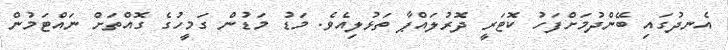
އެނދުގައި ބޭންދުމަށްފަހު ކޮޓަރީ ދޮރުލައްޕާ ތަޅުލިއެވެ. މަޑު މަޑުން ގަމީހުގެ ގޮއްތަށް ނައްޓަމުން